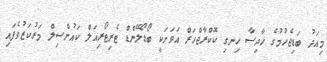
މިއަދު ބަޑިޖެހުމުގެ ހާދިސާ ހިނގި ކޮކްރާޖްހަރް އަވަށަކީ ބޯޑޯލޭންޑް ޓެރިޓޯރިއަލް ކައުންސިލް މަރުކަޒުވެފައި